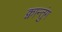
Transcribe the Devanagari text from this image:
क्वान्तुंग